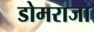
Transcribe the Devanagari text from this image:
डोमराजा